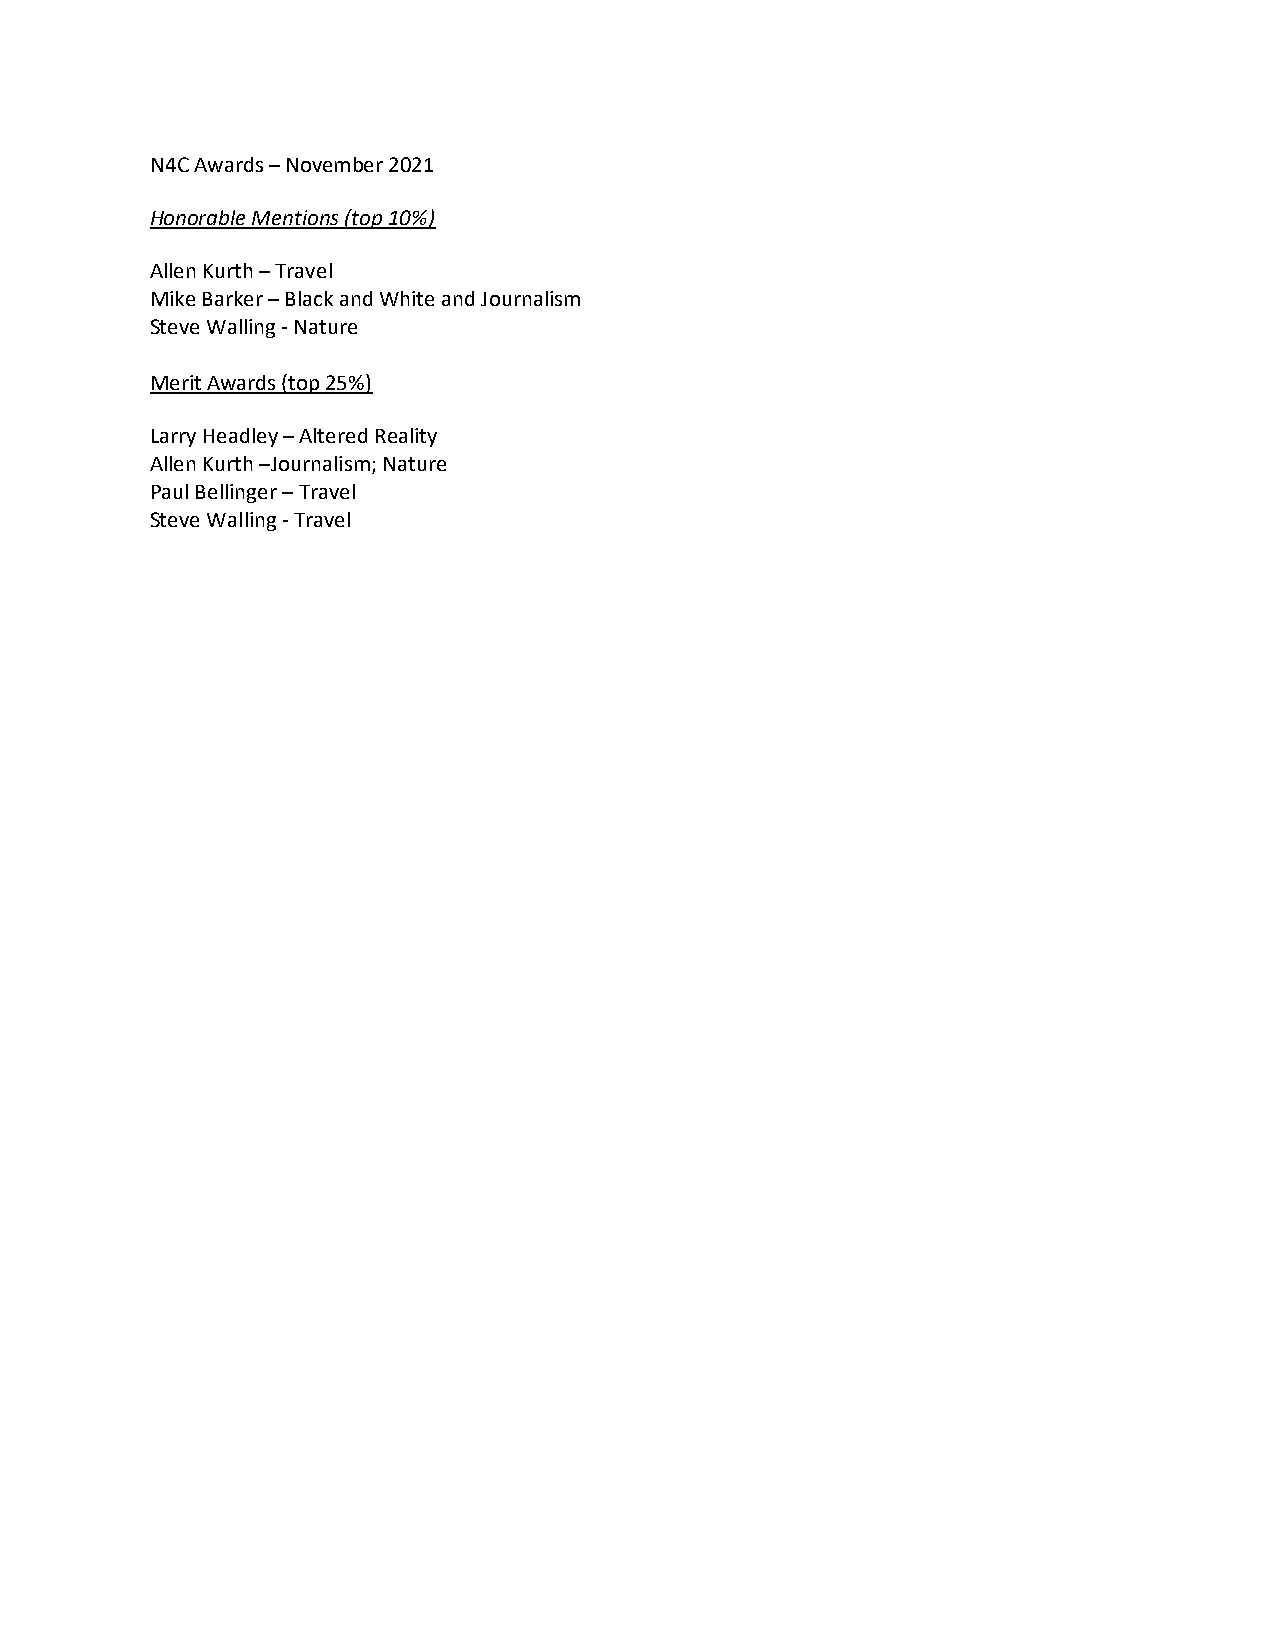
N4C Awards – November 2021
 Honorable Mentions (top 10%)
 Allen Kurth – Travel
 Mike Barker – Black and White and Journalism
 Steve Walling - Nature
 Merit Awards (top 25%)
 Larry Headley – Altered Reality
 Allen Kurth –Journalism; Nature
 Paul Bellinger – Travel
 Steve Walling - Travel